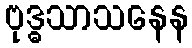
ဗုဒ္ဓသာသနေန